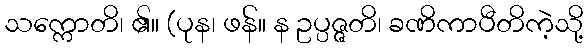
သက္ကောတိ၊ ၏။ (ပုန၊ ဖန်။ န ဥပ္ပဇ္ဇတိ၊ ခဏိကာပီတိကဲ့သို့